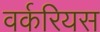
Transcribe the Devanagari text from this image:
वर्करियस